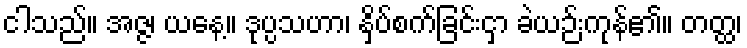
ငါသည်။ အဇ္ဇ၊ ယနေ့။ ဒုပ္ပသဟာ၊ နှိပ်စက်ခြင်းငှာ ခဲယဉ်းကုန်၏။ တတ္ထ၊